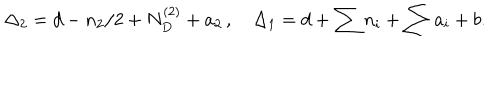
LaTeX: \Delta _ { 2 } = d - n _ { 2 } / 2 + N _ { D } ^ { ( 2 ) } + a _ { 2 } \, , \quad \Delta _ { 1 } = d + \sum n _ { i } + \sum a _ { i } + b .